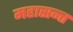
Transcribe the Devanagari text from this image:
महासन्त